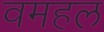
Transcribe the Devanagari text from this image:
वमहल